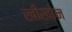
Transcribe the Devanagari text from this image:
खीखोन